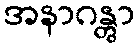
အနာဂန္တွာ